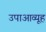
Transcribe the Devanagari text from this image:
उपाआव्यूह